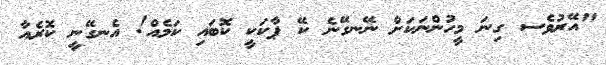
"އޭރުވެސ ގިނަ މީހުންނަކަށް ނޭނގޭނެ ކޭ ޕާކަކީ ކޮބައި ކަމެއް! އެނގޭނީ ކޮރެއާ